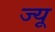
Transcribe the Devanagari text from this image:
ज्‍यू